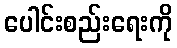
ပေါင်းစည်းရေးကို